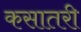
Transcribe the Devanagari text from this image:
कसातरी